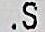
.S